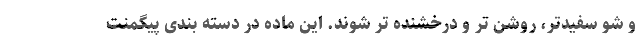
و شو سفیدتر، روشن تر و درخشنده تر شوند. این ماده در دسته بندی پیگمنت